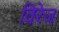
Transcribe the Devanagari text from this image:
विरेज